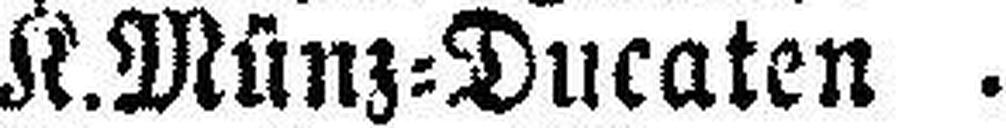
K. Münz=Ducaten